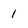
Character: 1